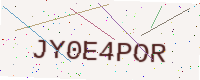
Text: JY0E4POR